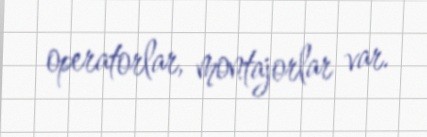
operatorlar, montajorlar var.